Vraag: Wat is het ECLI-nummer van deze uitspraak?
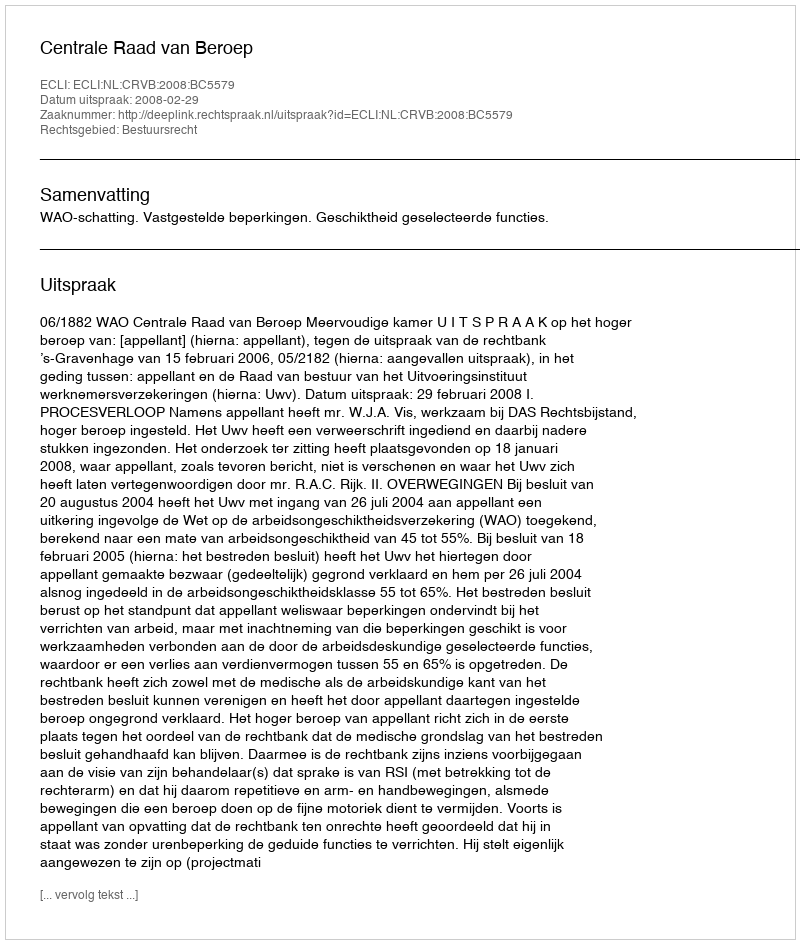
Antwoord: ECLI:NL:CRVB:2008:BC5579